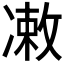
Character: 𪞫